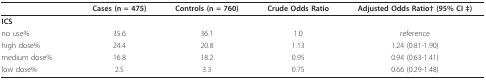
<table><thead><tr><td></td><td><b>Cases (n = 475)</b></td><td><b>Controls (n = 760)</b></td><td><b>Crude Odds Ratio</b></td><td><b>Adjusted Odds Ratio† (95% CI ‡)</b></td></tr></thead><tbody><tr><td><b>ICS</b></td><td></td><td></td><td></td><td></td></tr><tr><td>no use%</td><td>35.6</td><td>36.1</td><td>1.0</td><td>reference</td></tr><tr><td>high dose%</td><td>24.4</td><td>20.8</td><td>1.13</td><td>1.24 (0.81-1.90)</td></tr><tr><td>medium dose%</td><td>16.8</td><td>18.2</td><td>0.95</td><td>0.94 (0.63-1.41)</td></tr><tr><td>low dose%</td><td>2.5</td><td>3.3</td><td>0.75</td><td>0.66 (0.29-1.48)</td></tr></tbody></table>